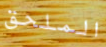
الملحق